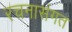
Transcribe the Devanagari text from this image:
रचनासंगत